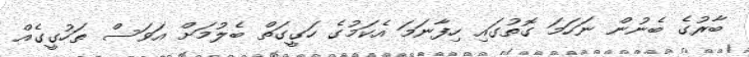
ބާރުގެ ބެނުން ނަހަމަ ގޮތުގައި ހިފާނަމަ އެކަމުގެ ހަގީގަތް ބެލުމަށް އަވަސް ތަހުގީގެއް